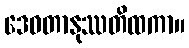
ဒေဝတာနုဿတိထကာ။